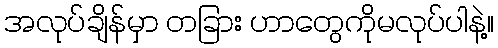
အလုပ်ချိန်မှာ တခြား ဟာတွေကိုမလုပ်ပါနဲ့။